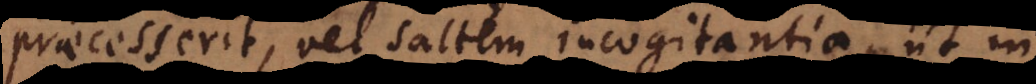
praecesserit, vel saltem incogitantia, ut in